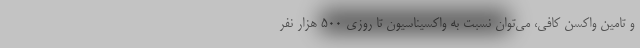
و تامین واکسن کافی، می‌توان نسبت به واکسیناسیون تا روزی ۵۰۰ هزار نفر